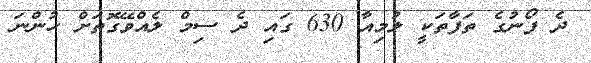
ދެ ފޯނުގެ ތަފާތަކީ ލުމިއާ 630 ގައި ދެ ސިމް ލެއްވޭގޮތަށް ހުންނަ